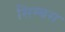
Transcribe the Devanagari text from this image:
सिम्बस